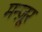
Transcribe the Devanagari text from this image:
मन्ज़ूर